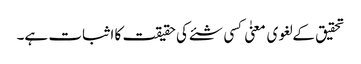
تحقیق کے لغوی معنیٰ کسی شئے کی حقیقت کا اثبات ہے۔